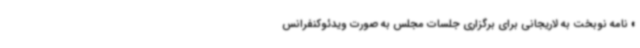
» نامه نوبخت به لاریجانی برای برگزاری جلسات مجلس به صورت ویدئوکنفرانس